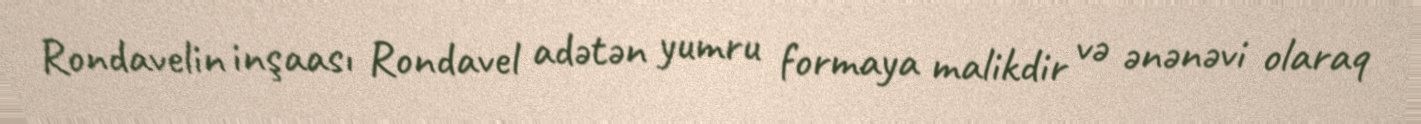
Rondavelin inşaası Rondavel adətən yumru formaya malikdir və ənənəvi olaraq